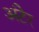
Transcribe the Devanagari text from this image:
अंटेर